Punjab Mental Hospital Lahore 1922-31 - 1922-1931
Year: 1922
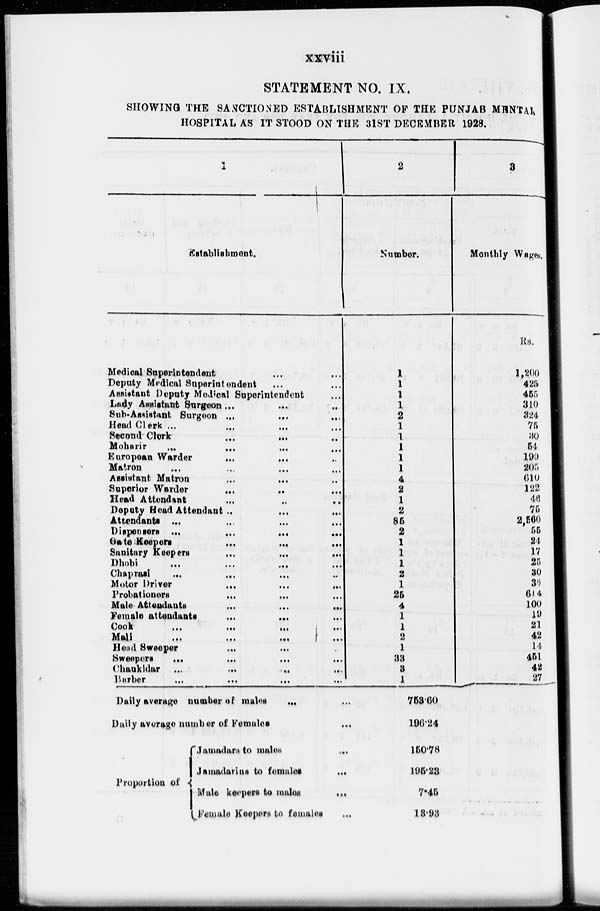
xxviii
STATEMENT NO. IX.
SHOWING THE SANCTIONED ESTABLISHMENT OF THE PUNJAB MENTAL
HOSPITAL AS IT STOOD ON THE 31ST DECEMBER 1928.
1
Establishment.
Medical Superintendent ... ...
Deputy Medical Superintendent ... ...
Assistant Deputy Modical Superintendent ...
Lady Assistant Surgeon ... ... ...
Sub-Assistant Surgeon ... ... ...
Head Clerk ... ... ... ...
Second Clerk
...
...
...
Moharir
...
...
...
...
European Warder ... ... ...
Matron ... ... ... ...
Assistant Matron ... ... ...
Superior Warder ... ... ...
Head Attendant ... ... ...
Deputy Head Attendant
...
...
...
Attendants
...
...
...
...
Dispensers ... ... ... ...
Gate
Keepers
...
...
...
Sanitary Keepers
...
...
...
Dhobi
...
...
...
...
Chaprasi
...
...
... ...
Motor Driver
...
...
...
Probationers ... ... ...
Male Attendants
...
...
...
Female attendants
...
...
...
Cook ... ... ...
...
Mali
...
...
...
...
Head Sweeper
...
...
...
Sweepers
...
...
...
...
Chaukidar ... ... ... ...
Barber
...
...
...
...
2
Number.
1
1
1
1
2
1
1
1
1
1
4
2
1
2
85
2
1
1
1
2
1
25
4
1
1
2
1
33
3
1
3
Monthly Wages.
Rs.
1,200
425
455
310
324
75
30
54
190
205
610
122
46
75
2,560
55
24
17
25
30
36
614
100
19
21
42
14
451
42
27
Daily average number of males
...
...
Daily average number of Females
...
Proportion of
Jamadars to males
...
Jamadarins to females
...
Male keepers to males
...
Female Keepers to females
...
753.60
196.24
150.78
195.23
7.45
13.93